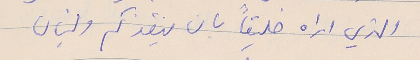
الذي اراه خليقاً بان ينقذكم ولبنان